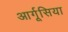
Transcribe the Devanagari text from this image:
आर्गूसिया